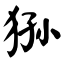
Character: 狲